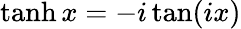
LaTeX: \operatorname{tanh}x=-i\tan(ix)